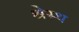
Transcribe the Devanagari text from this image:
श्रेस्थ